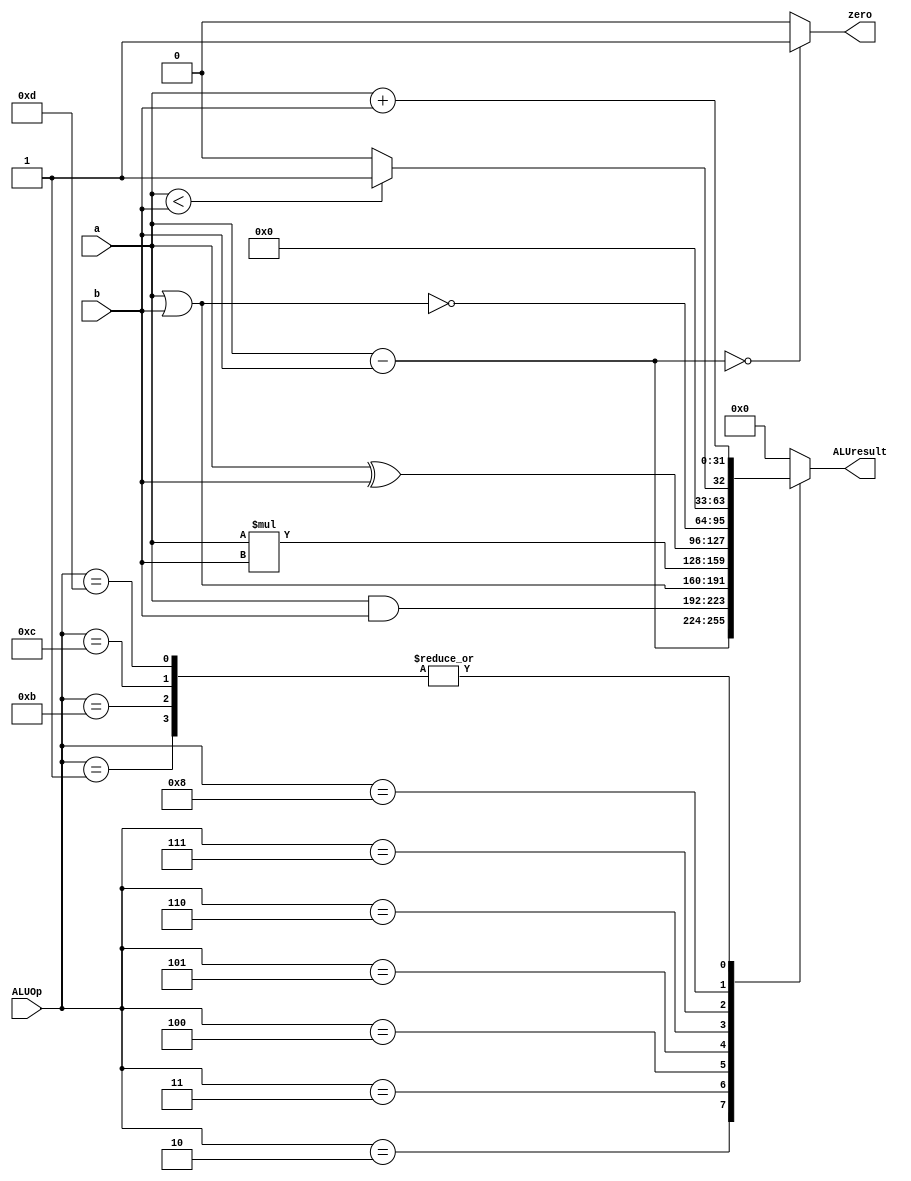
module ALU(
		input [3:0] ALUOp,
		input [31:0] a, b,
		output reg [31:0] ALUresult,
		output wire zero );

wire [31:0] sub_ab;
wire [31:0] add_ab;
wire [31:0] mult_ab;

reg slt;

assign sub_ab = a - b;
assign add_ab = a + b;
assign mult_ab = a * b;

assign zero = (sub_ab == 32'd0)? 1 : 0; // true or false

//slt 
always @(ALUOp == 4'b1000)
begin
	if (a < b)
		slt <= 1;
	else
		slt <= 0;
end

always @(*)
begin
	case (ALUOp)
		4'b0001  : ALUresult = add_ab;				/* add  */
		4'b0010  : ALUresult = sub_ab;				/* sub  */
		4'b0011  : ALUresult = a & b;					/* and  */
		4'b0100  : ALUresult = a | b;					/* or   */
		4'b0101  : ALUresult = mult_ab;				/* mult */
		4'b0110  : ALUresult = a ^ b;					/* xor  */
		4'b0111  : ALUresult = ~(a | b);			/* nor  */
		4'b1000  : ALUresult = {31'd0, slt};	/* slt  */
	//4'b1001  : 														/* beq  */
	//4'b1010  : 														/* jump */
		4'b1011  : ALUresult = add_ab;				/* lw   */
		4'b1100  : ALUresult = add_ab;				/* sw   */
		4'b1101  : ALUresult = add_ab;				/* addi */
		default  : ALUresult = 32'd0;					/* all  */
	endcase
end
endmodule